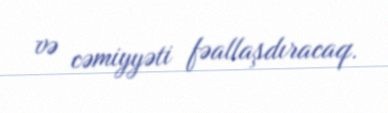
və cəmiyyəti fəallaşdıracaq.